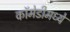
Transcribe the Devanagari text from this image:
कॉमेडीमध्ये